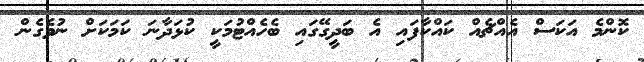
ކޮންމެ އަކަސް އެއްޗެއް ކައްކާފައި އެ ބަދީގޭގައި ބެހެއްޓުމަކީ ކުޅަދާނަ ކަމަކަށް ނުވެގެން